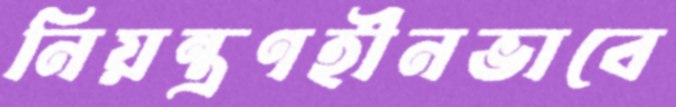
নিয়ন্ত্রণহীনভাবে